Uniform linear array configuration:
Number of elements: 24
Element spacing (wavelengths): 0.75
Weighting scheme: exponential
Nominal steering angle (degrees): -15
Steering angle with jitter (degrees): -16.951
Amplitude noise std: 0.05
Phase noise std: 0.05

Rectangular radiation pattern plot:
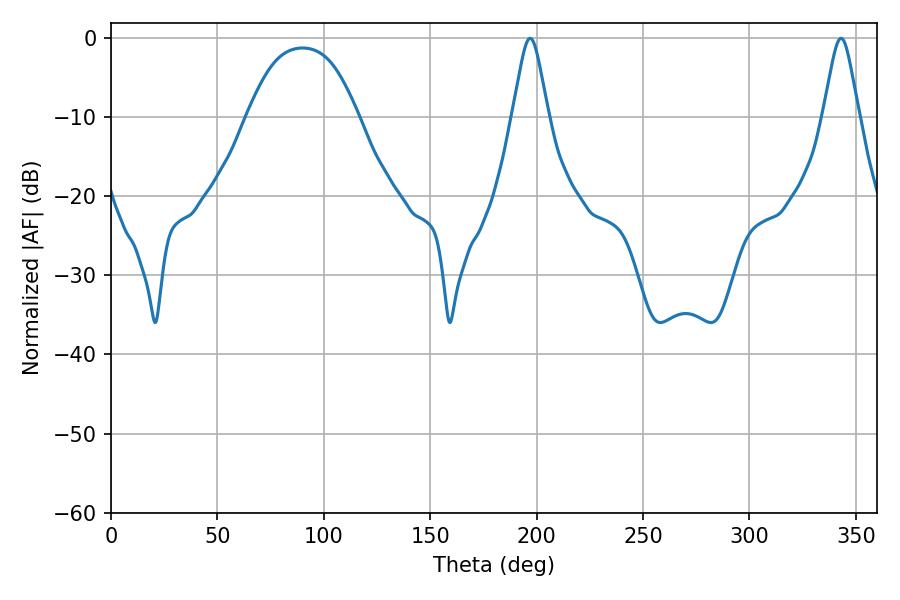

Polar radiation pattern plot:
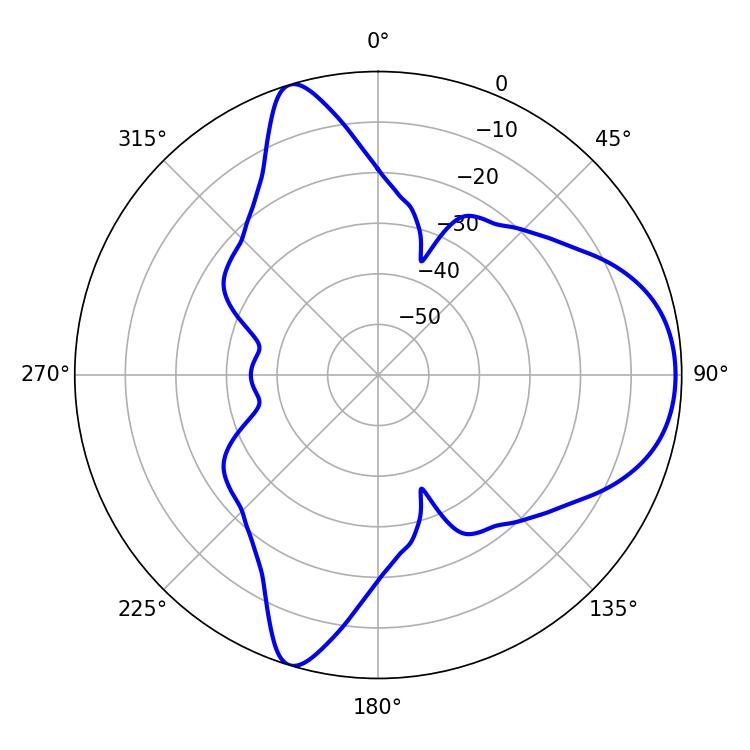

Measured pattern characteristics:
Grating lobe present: TRUE
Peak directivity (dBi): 7.616
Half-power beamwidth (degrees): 8.1
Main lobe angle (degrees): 196.92